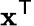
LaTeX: \mathbf{x}^{\mathsf{T}}